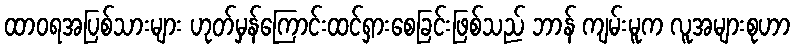
ထာဝရအပြစ်သားများ ဟုတ်မှန်ကြောင်းထင်ရှားစေခြင်းဖြစ်သည် ဘာန် ကျမ်းမူက လူအများစုဟာ